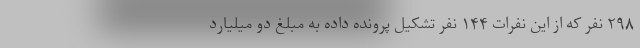
۲۹۸ نفر که از این نفرات ۱۴۴ نفر تشکیل پرونده داده به مبلغ دو میلیارد